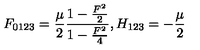
F _ { 0 1 2 3 } = { \frac { \mu } { 2 } } { \frac { 1 - { \frac { F ^ { 2 } } { 2 } } } { 1 - { \frac { F ^ { 2 } } { 4 } } } } , H _ { 1 2 3 } = - { \frac { \mu } { 2 } }